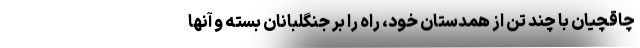
چاقچیان با چند تن از همدستان خود، راه را بر جنگلبانان بسته و آنها